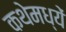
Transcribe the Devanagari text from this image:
कथेमध्यें